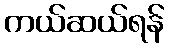
ကယ်ဆယ်ရန်